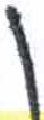
אות: ן